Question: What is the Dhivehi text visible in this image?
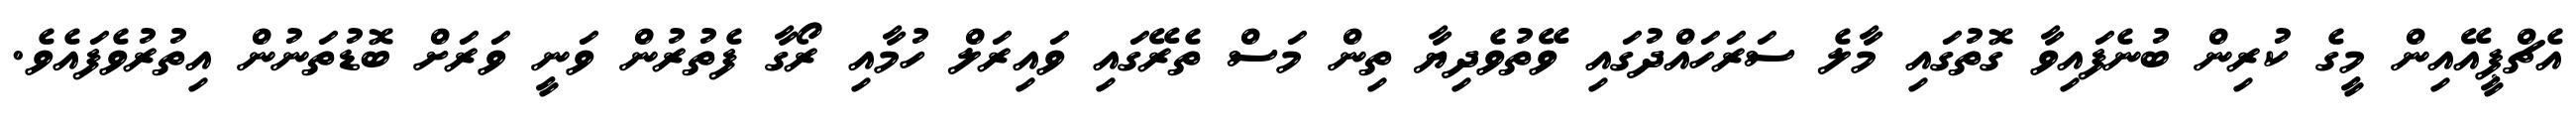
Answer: އެޗްޕީއޭއިން މީގެ ކުރިން ބުނެފައިވާ ގޮތުގައި މާލެ ސަރަހައްދުގައި ވޭތުވެދިޔާ ތިން މަސް ތެރޭގައި ވައިރަލް ހުމާއި ރޯގާ ފެތުރުން ވަނީ ވަރަށް ބޮޑުތަނުން އިތުރުވެފައެވެ.